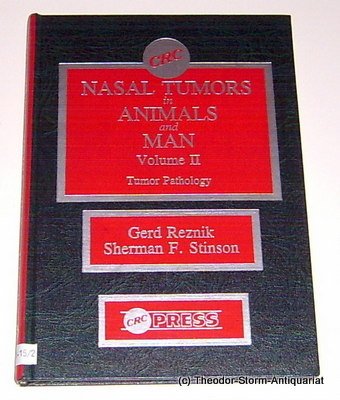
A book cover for Nasal Tumors in Animals and Man, Vol. 2: Tumor Pathology; Gerd Reznik; Medical Books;